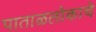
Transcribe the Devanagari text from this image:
पाताळलोकाचे